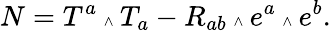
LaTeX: N=T^{a}\mathrm{\tiny~\wedge~}T_{a}-R_{ab}\mathrm{\tiny~\wedge~}e^{a}\mathrm{\tiny~\wedge~}e^{b}.